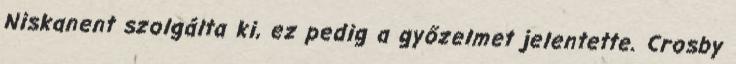
Niskanent szolgálta ki, ez pedig a győzelmet jelentette. Crosby